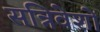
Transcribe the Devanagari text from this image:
सन्निवेशों